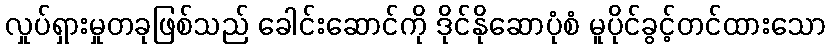
လှုပ်ရှားမှုတခုဖြစ်သည် ခေါင်းဆောင်ကို ဒိုင်နိုဆောပုံစံ မူပိုင်ခွင့်တင်ထားသော